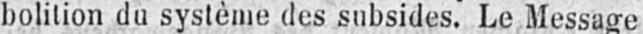
bolition du système des subsides. Le Message